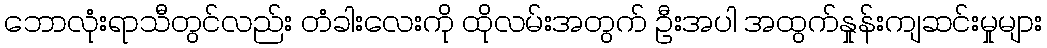
ဘောလုံးရာသီတွင်လည်း တံခါးလေးကို ထိုလမ်းအတွက် ဦးအပါ အထွက်နှုန်းကျဆင်းမှုများ